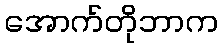
အောက်တိုဘာက